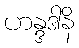
ဟန္ဒဒါနိ